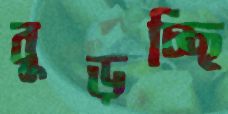
বুড়চ্ছি